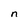
Character: n